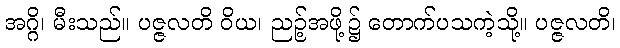
အဂ္ဂိ၊ မီးသည်။ ပဇ္ဇလတိ ဝိယ၊ ညဉ့်အဖို့၌ တောက်ပသကဲ့သို့။ ပဇ္ဇလတိ၊